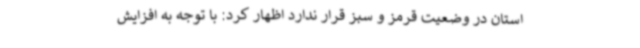
استان در وضعیت قرمز و سبز قرار ندارد اظهار کرد: با توجه به افزایش